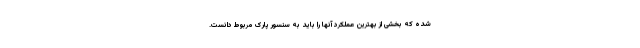
شده که بخشی از بهترین عملکرد آنها را باید به سنسور پارک مربوط دانست.